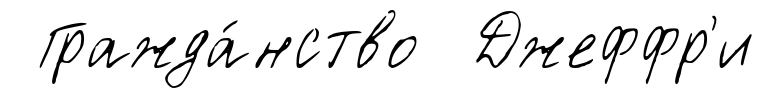
Гражда́нство Джеффр'и